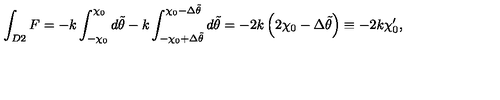
\int _ { D 2 } F = - k \int _ { - \chi _ { 0 } } ^ { \chi _ { 0 } } d \tilde { \theta } - k \int _ { - \chi _ { 0 } + \Delta \tilde { \theta } } ^ { \chi _ { 0 } - \Delta \tilde { \theta } } d \tilde { \theta } = - 2 k \left( 2 \chi _ { 0 } - \Delta \tilde { \theta } \right) \equiv - 2 k \chi _ { 0 } ^ { \prime } ,